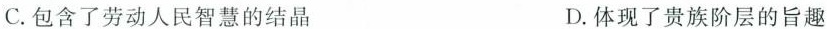
C. 包含了劳动人民智慧的结晶 D. 体现了贵族阶层的旨趣